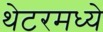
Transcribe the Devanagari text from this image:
थेटरमध्ये